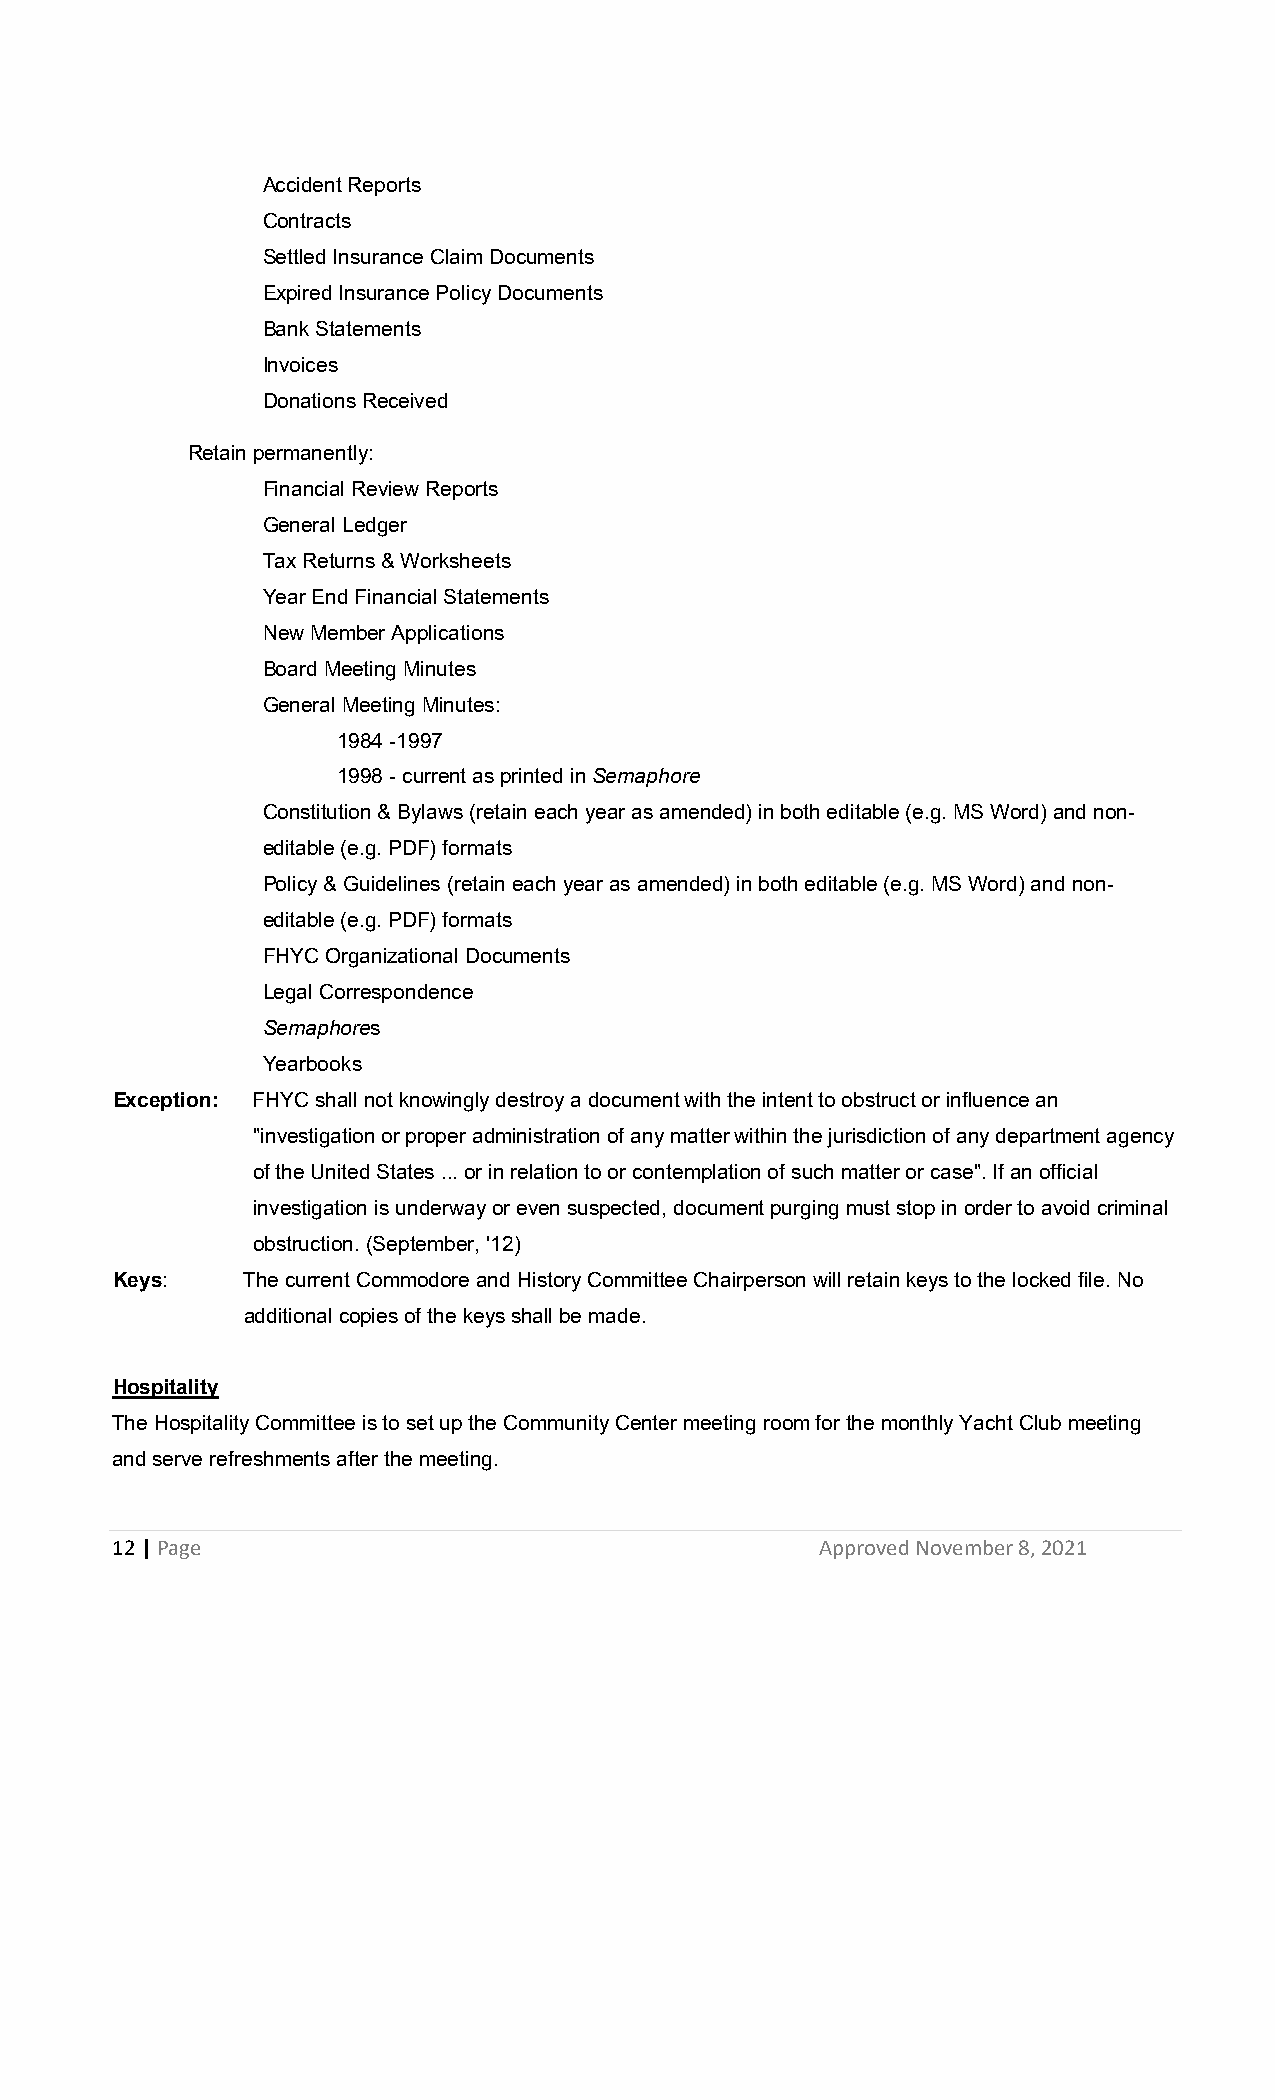
Accident Reports
 Contracts
 Settled Insurance Claim Documents
 Expired Insurance Policy Documents
 Bank Statements
 Invoices
 Donations Received
 Retain permanently:
 Financial Review Reports
 General Ledger
 Tax Returns & Worksheets
 Year End Financial Statements
 New Member Applications
 Board Meeting Minutes
 General Meeting Minutes:
 1984 -1997
 1998 - current as printed in Semaphore
 Constitution & Bylaws (retain each year as amended) in both editable (e.g. MS Word) and non-
 editable (e.g. PDF) formats
 Policy & Guidelines (retain each year as amended) in both editable (e.g. MS Word) and non-
 editable (e.g. PDF) formats
 FHYC Organizational Documents
 Legal Correspondence
 Semaphores
 Yearbooks
 Exception: FHYC shall not knowingly destroy a document with the intent to obstruct or influence an
 "investigation or proper administration of any matter within the jurisdiction of any department agency
 of the United States ... or in relation to or contemplation of such matter or case". If an official
 investigation is underway or even suspected, document purging must stop in order to avoid criminal
 obstruction. (September, '12)
 Keys:    The current Commodore and History Committee Chairperson will retain keys to the locked file. No
 additional copies of the keys shall be made.
 Hospitality
 The Hospitality Committee is to set up the Community Center meeting room for the monthly Yacht Club meeting
 and serve refreshments after the meeting.
 12 | Page                                      Approved November 8, 2021